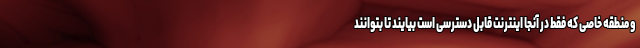
و منطقه خاصی که فقط در آنجا اینترنت قابل دسترسی است بیایند تا بتوانند